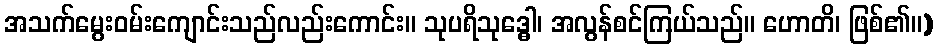
အသက်မွေးဝမ်းကျောင်းသည်လည်းကောင်း။ သုပရိသုဒ္ဓေါ၊ အလွန်စင်ကြယ်သည်။ ဟောတိ၊ ဖြစ်၏။)